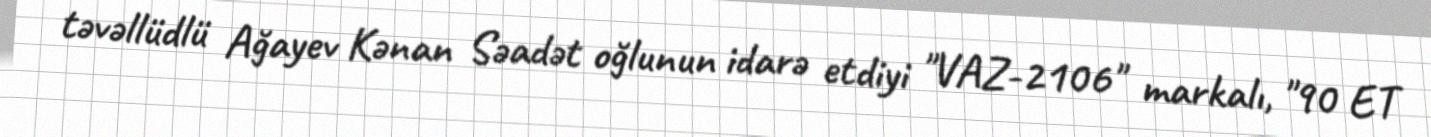
təvəllüdlü Ağayev Kənan Səadət oğlunun idarə etdiyi "VAZ-2106" markalı, "90 ET